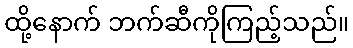
ထို့နောက် ဘက်ဆီကိုကြည့်သည်။